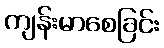
ကျန်းမာစေခြင်း